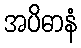
အပိဓာနံ